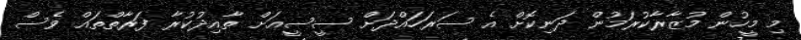
މި މީހުން މުޒާރާކުރަމުން ދަނިކޮށް އެ ސަރަހައްދަށް ސީސީއަށް ތާއިދުކުރާ ފަރާތްތައް ވެސް